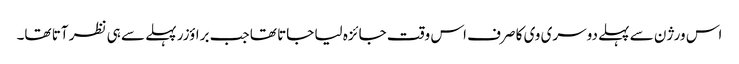
اس ورژن سے پہلے دوسری وی کا صرف اس وقت جائزہ لیا جاتا تھا جب براؤزر پہلے سے ہی نظر آتا تھا۔